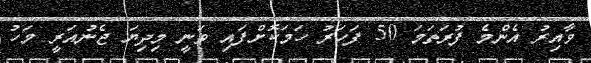
ވާއިރު އެންމެ ފުރަތަމަ 50 ފަހަރު ހަަމަކޮށްފައި ވަނީ މިދިޔަ ޖެނުއަރީ މަހު